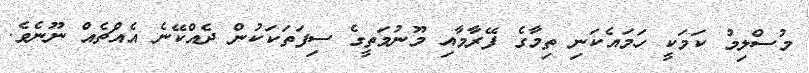
މުސްލިމު ކަމަކީ ހަމައެކަނި ތިމާގެ ފޭރާމާއި މޫނުމަތީގެ ސިފަތަކަކުން ދެއްކޭނެ އެއްޗެއް ނޫނެވެ.